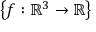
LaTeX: \left\lbrace f : \mathbb { R } ^ { 3 } \to \mathbb { R } \right\rbrace